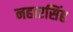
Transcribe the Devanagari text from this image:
नहारसिंह